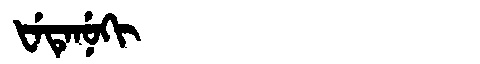
Manchu: ᡶᡝᡨᡝᠨᡠᡴᡳ
Romanization: FETENUKI